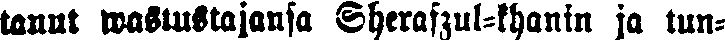
tanut wastustajansa Sherafzul-khanin ja tun-